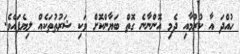
ހުއްދަ އާ ކުރުމާއި ދެމި އޮންނާނެ ގޮތް ބަޔާންކޮށް ވަކި ޝަރުތުތަކެއް ލިޔެފައެވެ.